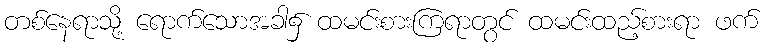
တစ်နေရာသို့ ရောက်သောအခါ၌ ထမင်းစားကြရာတွင် ထမင်းထည့်စားရာ ဖက်